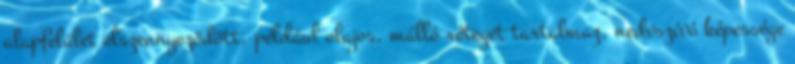
alapfelület elszennyeződött, például olajos, málló réteget tartalmaz, nedvszívó képessége